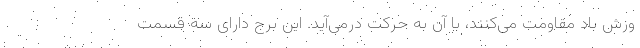
وزش باد مقاومت می‌کنند، با آن به حرکت درمی‌آید. این برج دارای سه قسمت